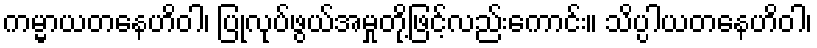
ကမ္မာယတနေဟိဝါ၊ ပြုလုပ်ဖွယ်အမှုတို့ဖြင့်လည်းကောင်း။ သိပ္ပါယတနေဟိဝါ၊